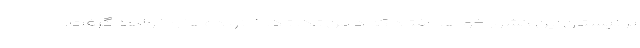
بر نیستان این کشور خواهد افتاد که دامن تک تک خانواده‌ها را خواهد گرفت.